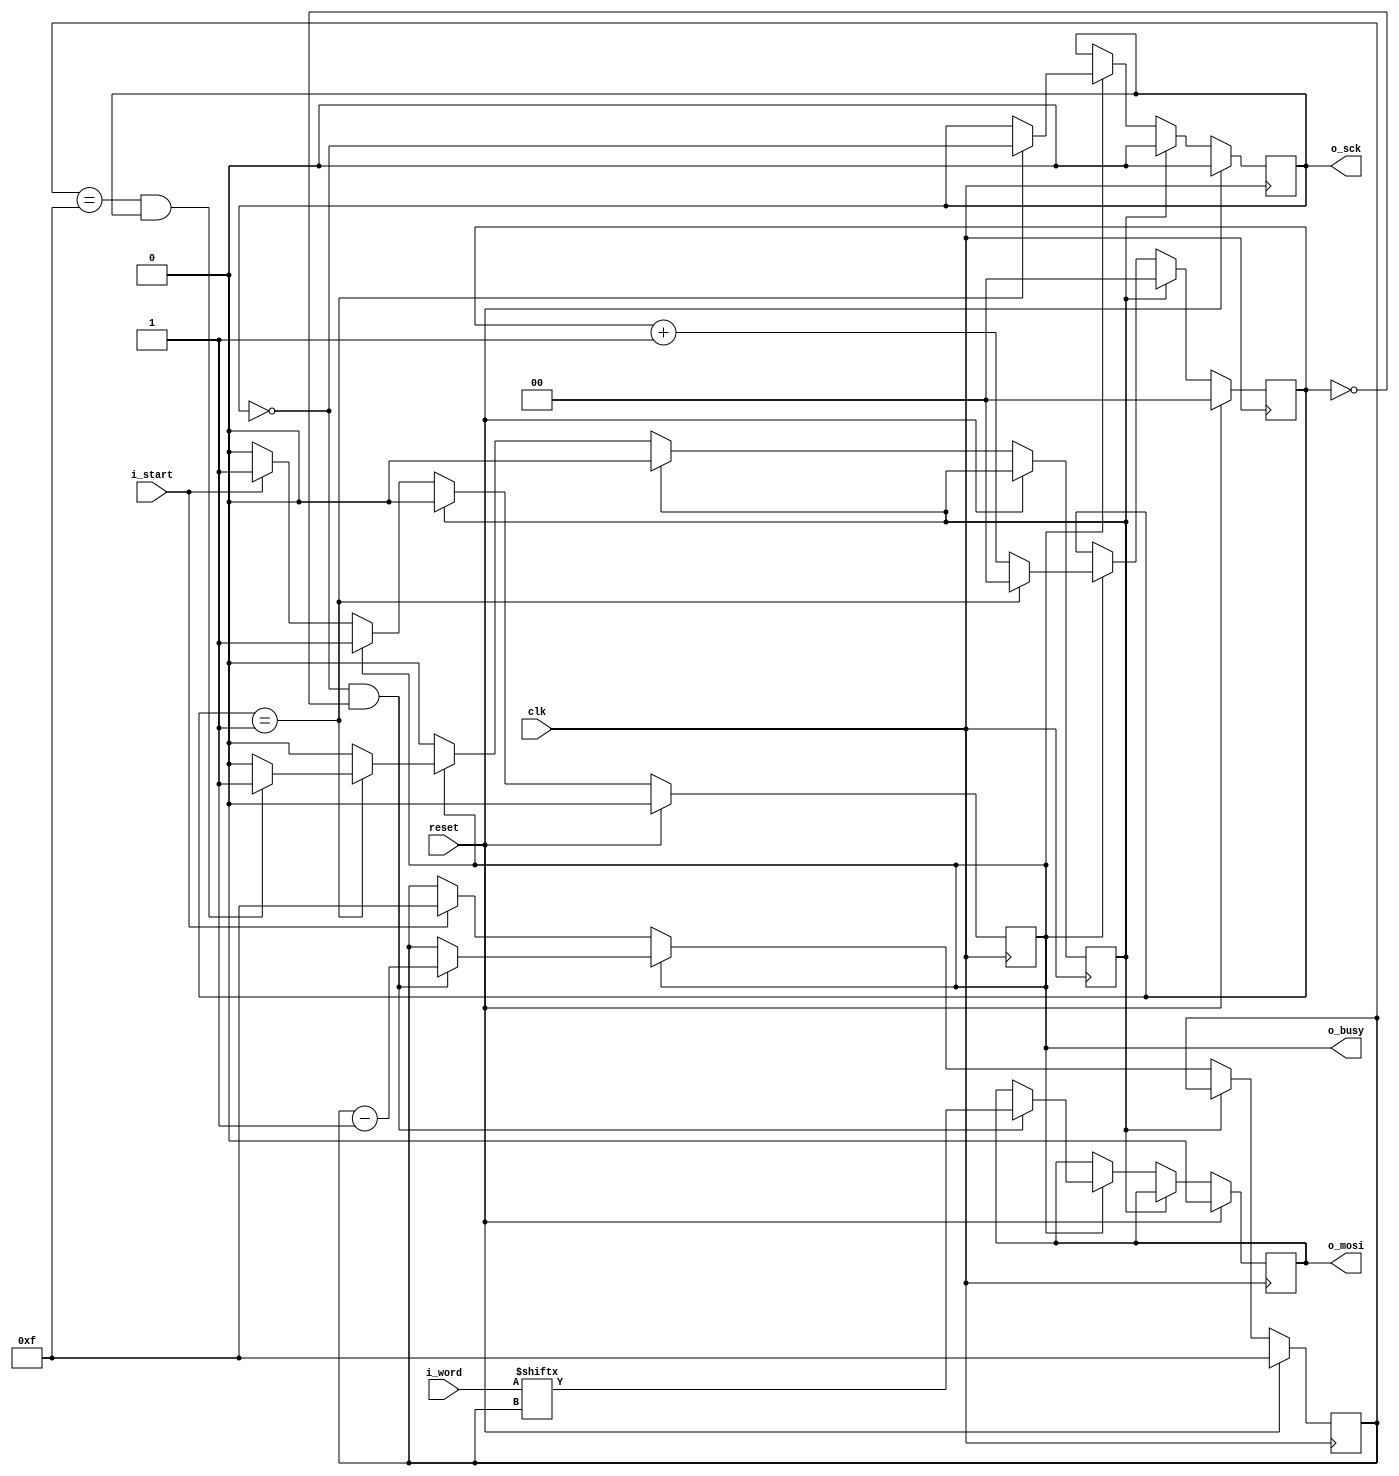
// SPDX-FileCopyrightText:  2021 Uri Shaked <uri@wokwi.com>
// SPDX-License-Identifier: MIT

`default_nettype none
//
`timescale 1ns / 1ps

module silife_spi_master #(
    parameter HALF_BIT_CYCLES = 2
) (
    input wire reset,
    input wire clk,

    input wire [15:0] i_word,
    input wire i_start,

    output reg o_sck,
    output reg o_mosi,
    output reg o_busy
);

  reg [3:0] bit_index;
  reg [$clog2(HALF_BIT_CYCLES):0] clk_count;
  reg finish;

  always @(posedge clk) begin
    if (reset) begin
      bit_index <= 4'hf;
      o_mosi <= 0;
      clk_count <= 0;
      o_sck <= 0;
      o_busy <= 0;
    end else begin
      if (finish) begin
        finish <= 0;
        o_sck <= 0;
        o_busy <= 0;
        clk_count <= 0;
      end else if (o_busy) begin
        clk_count <= clk_count + 1;
        if (clk_count == HALF_BIT_CYCLES - 1) begin
          o_sck <= !o_sck;
          clk_count <= 0;
          if (bit_index == 4'hf && o_sck) begin
            finish <= 1;
          end
        end
        if (!o_sck && clk_count == 0) begin
          o_mosi <= i_word[bit_index];
          bit_index <= bit_index - 1;
        end
      end else if (i_start) begin
        o_busy <= 1;
        bit_index <= 4'hf;
      end
    end
  end

endmodule